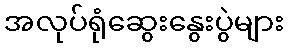
အလုပ်ရုံဆွေးနွေးပွဲများ